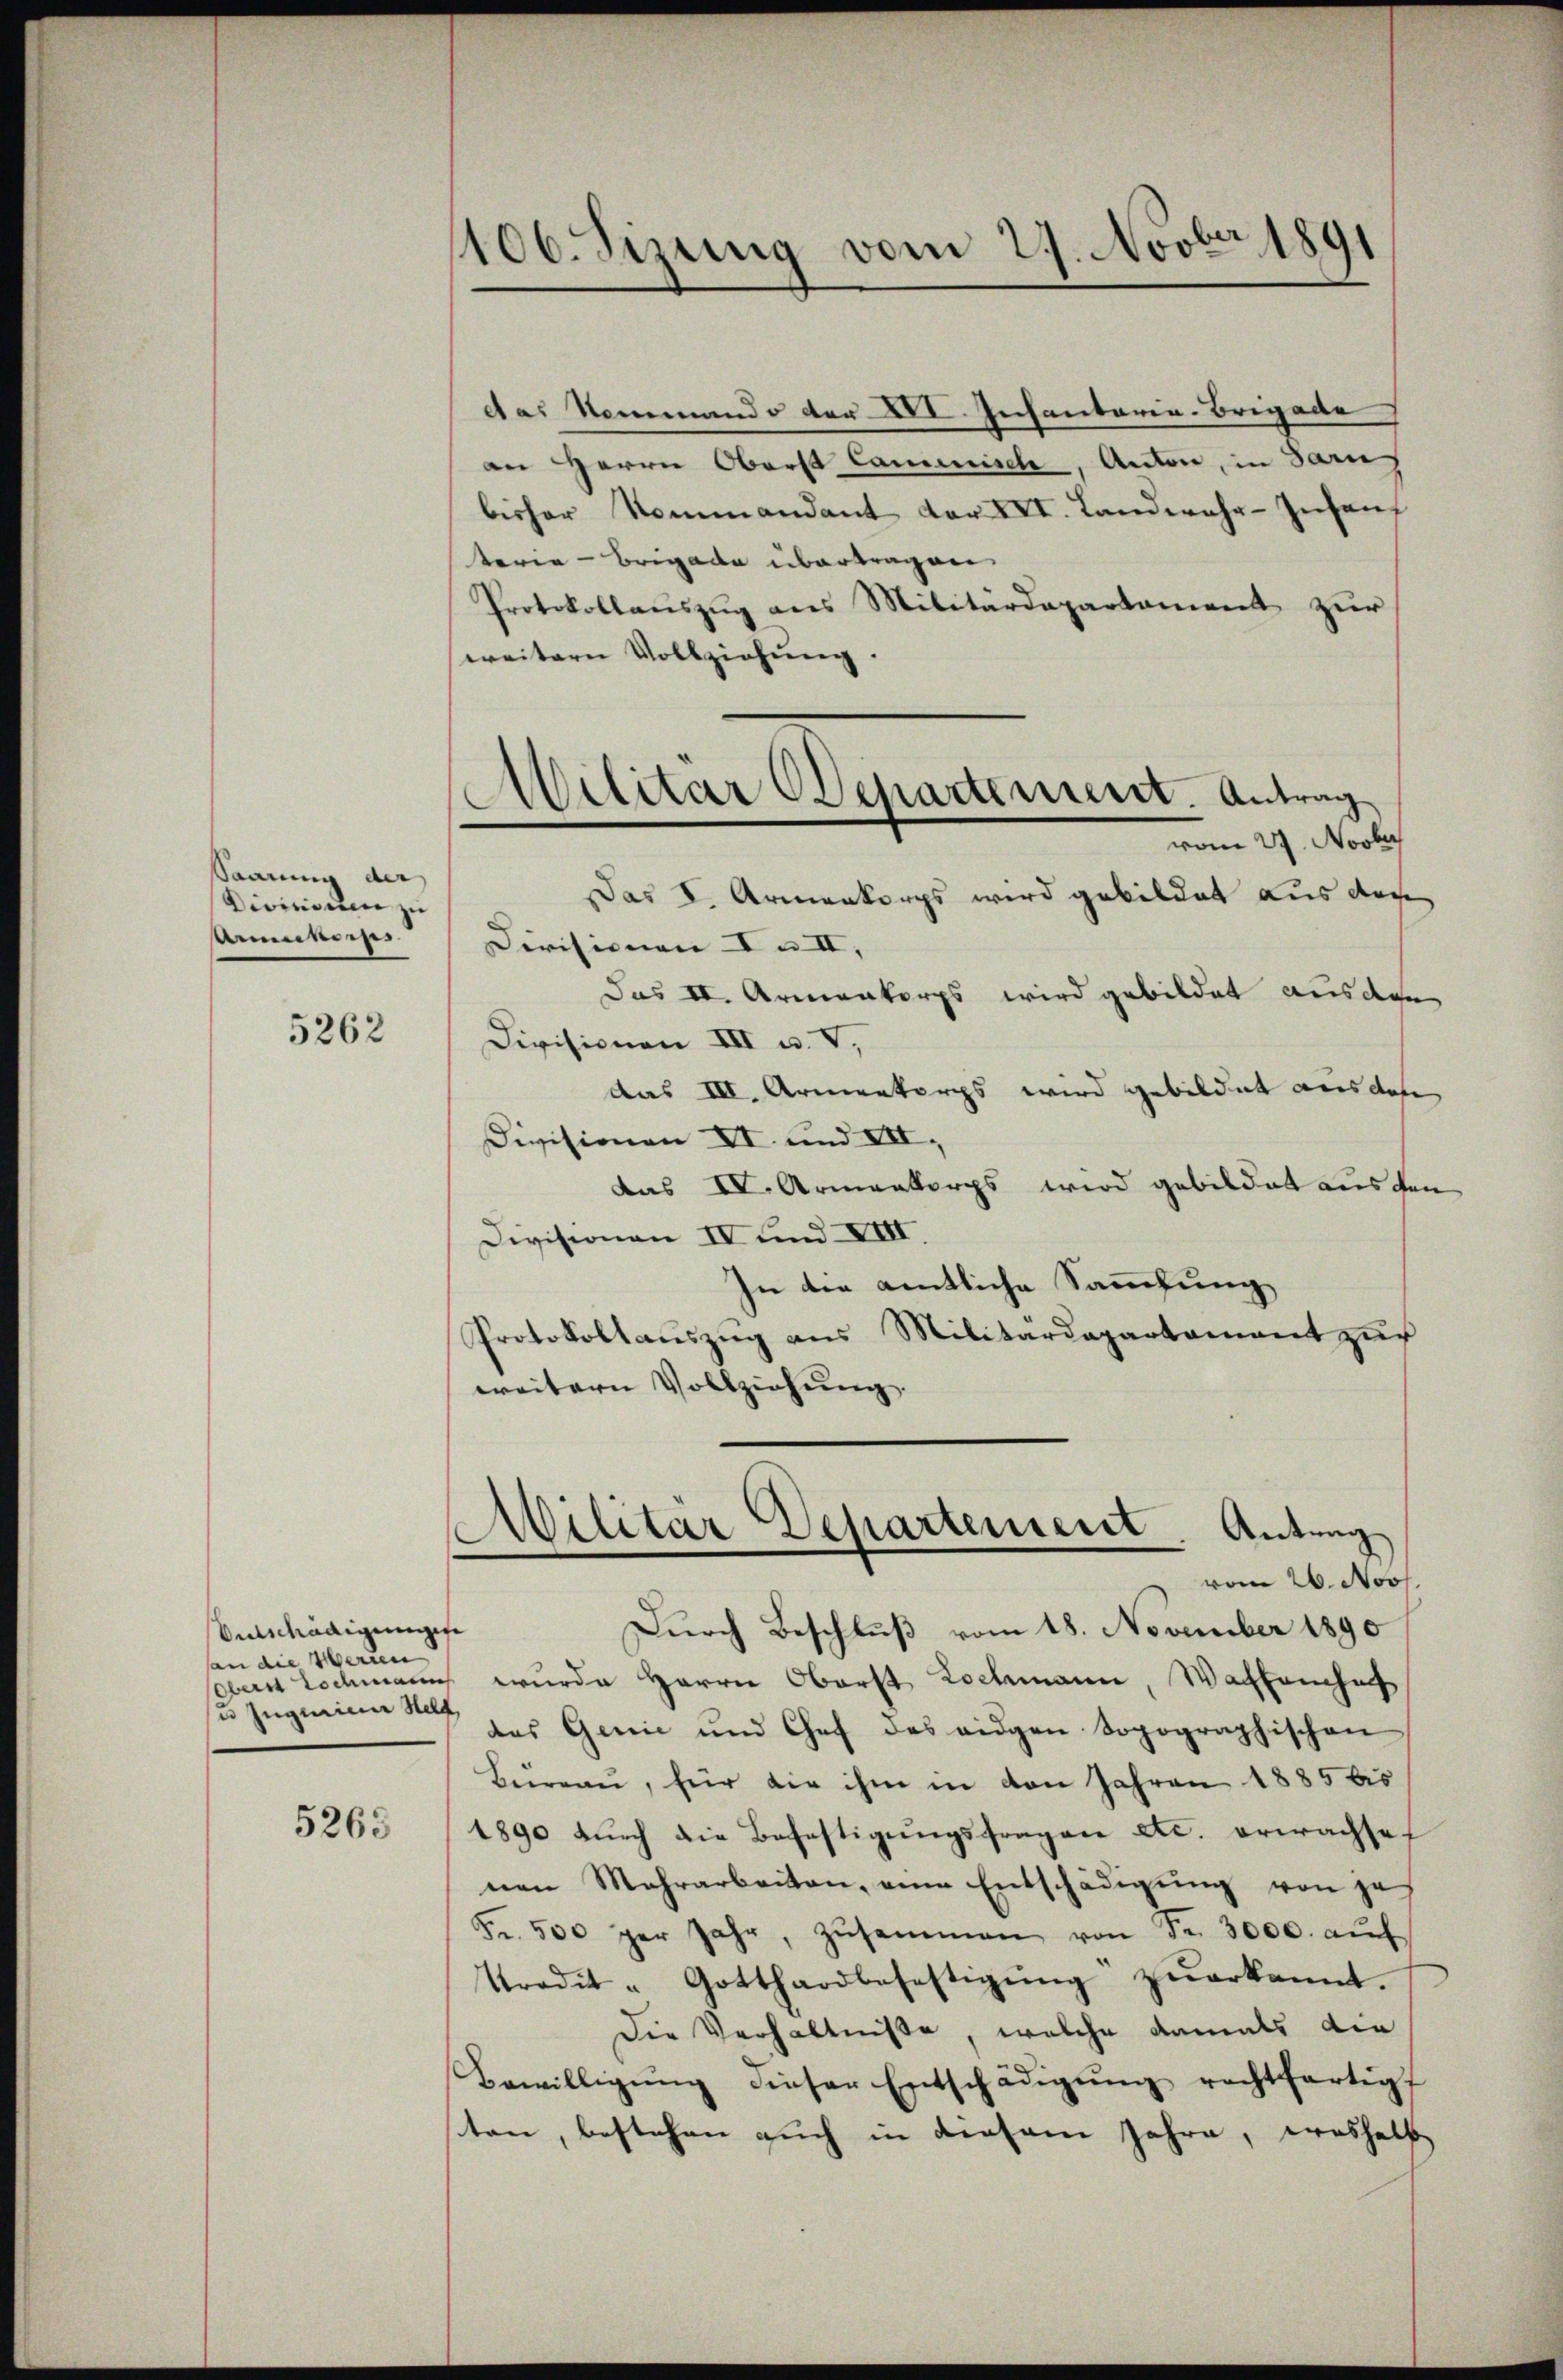
Saauung der
Divisionen zu
Anmass

5262

Beschädigungen
an die Herren
u jugenien Stell

5265

106. Sizung vom 27. Novber 1891

das Neumando der XII. Infantaria-Brigade
an Herrn Oberst Commisch, Anton, in Sarn
bisher Kommandant der XVI. Landwehr-Insanz
teria-Brigade übertragen.
Protokollaŭszŭg ans Militärdepartament zŭr
weitern Vollziehung.
vom 27. Novber
Das I. Armenkorps wird gebildet aus des
Divisionen I u. II, |
Das II. Armenkorps wird gebildet aus den
Divisionen III u. V.
das III. Armenkorps wird gebildet aus des
Divisionen XI. und VII,
das IV. Armenkorps wird gebildet aus den
Divisionen IV und XVIII.
In die amtliche Sammlung
Protokollauszug aus Militärdepartament zur
weitern Vollziehung.
Militär Departement. Antrag
vom 26. Noos.
Durch Beschluß vom 18. November 1890
soberst Lochmanns wurde Herrn Oberst Lochmann, Wachencha
des Genie und Chef des eidgen. Sopographischen
Büreau, für die ihm in von Jahren 1885 bis
1890 dŭrch die Befestigŭngsfragen etc. erwachse
nen Mehrarbeiten, eine Entschädigung von je
Fr. 500 per Jahr, zusammen von Fr. 3000. aŭf
Tradit - Gotthardbefettigŭng zŭerkannt.
Die Verhältniße, welche damals die
Bewilligung dieser Entschädigung rechtfertigt
sten, bestehen auch in diesem Jahre, weshalb

Militär Odenartement. Antrag